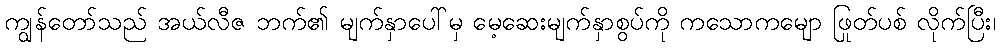
ကျွန်တော်သည် အယ်လီဇ ဘက်၏ မျက်နှာပေါ်မှ မေ့ဆေးမျက်နှာစွပ်ကို ကသောကမျော ဖြုတ်ပစ် လိုက်ပြီး၊